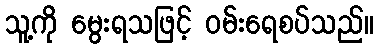
သူ့ကို မွေးရသဖြင့် ဝမ်းရေစပ်သည်။